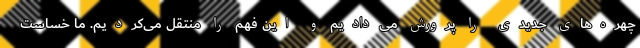
چهره‌های جدیدی را پرورش می‌دادیم و این فهم را منتقل می‌کردیم. ما خساست